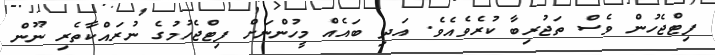
ފިޓްޖެހުން ވެސް ތަޖުރިބާ ކުރެވެއެވެ. އަދި ބައެއް މީހުންނަށް ފިޓްޖެހުމުގެ ނުރައްކާތެރި ނޫން